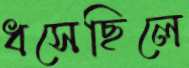
ধসেছিলে